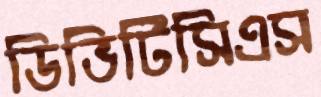
ডিভিটিসিএস